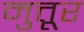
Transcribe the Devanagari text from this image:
मुत्तूर